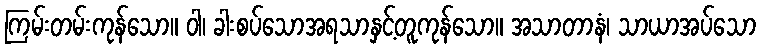
ကြမ်းတမ်းကုန်သော။ ဝါ၊ ခါးစပ်သောအရသာနှင့်တူကုန်သော။ အသာတာနံ၊ သာယာအပ်သော